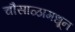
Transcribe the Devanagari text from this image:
चौसाळामधून